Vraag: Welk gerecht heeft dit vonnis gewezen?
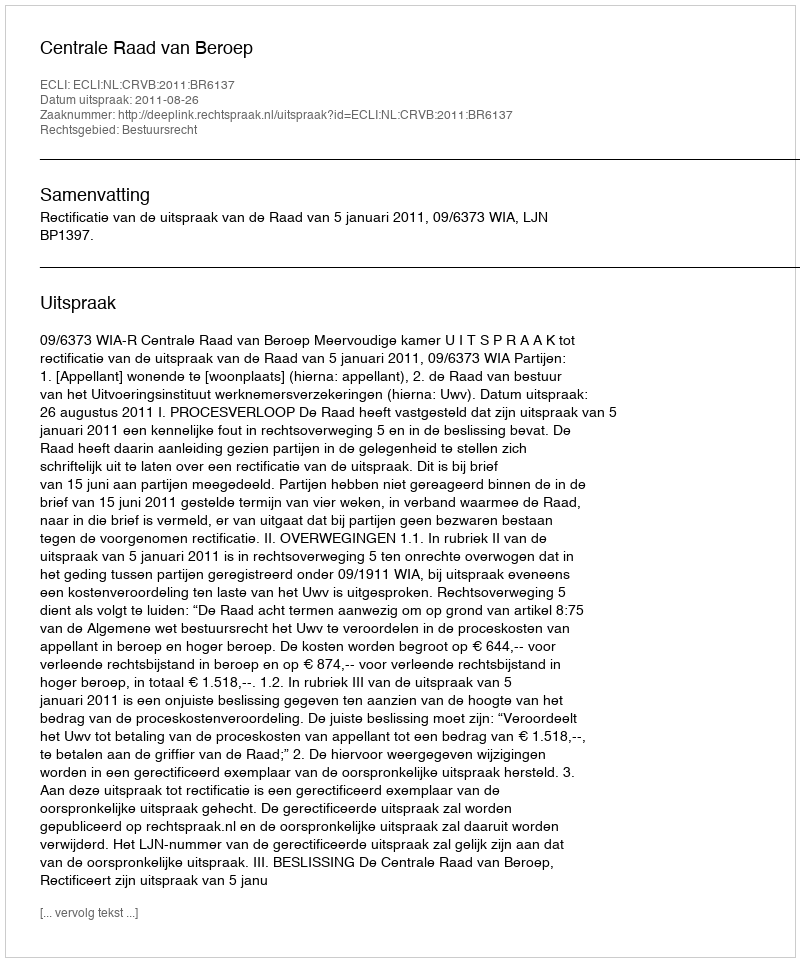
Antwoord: Centrale Raad van Beroep